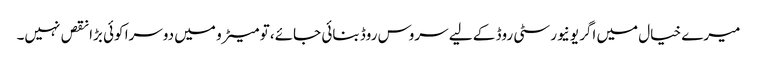
میرے خیال میں اگر یونیورسٹی روڈ کے لیے سروس روڈ بنائی جائے، تو میٹرو میں دوسرا کوئی بڑا نقص نہیں۔